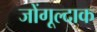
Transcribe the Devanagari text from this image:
जोंगूल्दाक